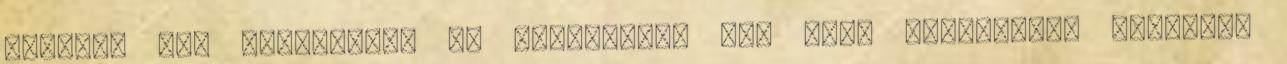
írásait sem olvashatta és ismerhette meg több generáció. Mondják,